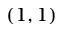
( 1 , 1 )